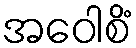
အဝေါစိံ